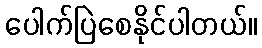
ပေါက်ပြဲစေနိုင်ပါတယ်။